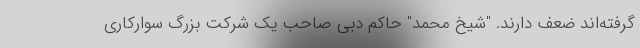
گرفته‌اند ضعف دارند. "شیخ محمد" حاکم دبی صاحب یک شرکت بزرگ سوارکاری